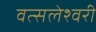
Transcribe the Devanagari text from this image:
वत्सलेश्वरी